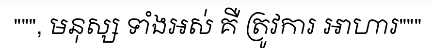
""", មនុស្ស ទាំងអស់ គឺ ត្រូវការ អាហារ"""